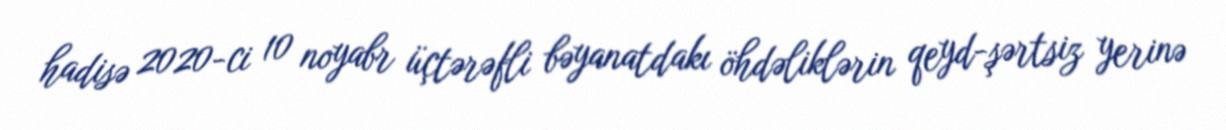
hadisə 2020-ci 10 noyabr üçtərəfli bəyanatdakı öhdəliklərin qeyd-şərtsiz yerinə